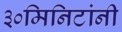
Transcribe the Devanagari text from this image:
३०मिनिटांनी